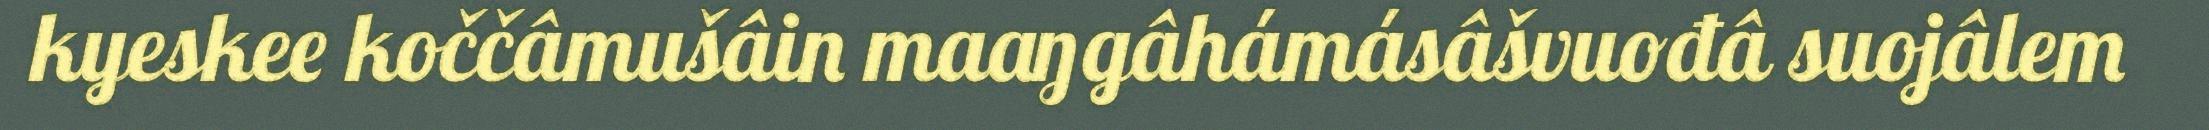
kyeskee koččâmušâin maaŋgâhámásâšvuođâ suojâlem